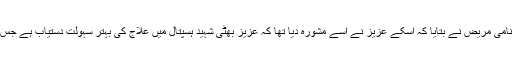
کمشنر گوجرانوالہ کے دریافت کرنے پر فلک شیر نامی مریض نے بتایا کہ اسکے عزیز نے اسے مشورہ دیا تھا کہ عزیز بھٹی شہید ہسپتال میں علاج کی بہتر سہولت دستیاب ہے جس پر اس نے گجرات آکر علاج کرانے کا فیصلہ کیا ۔